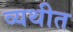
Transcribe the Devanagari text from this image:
व्यथीत